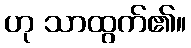
ဟု သာထွက်၏။